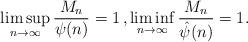
LaTeX: \begin{align*}\limsup_{n\to \infty} \frac{M_n}{\psi(n)}=1\,, \liminf_{n\to \infty} \frac{M_n}{\hat{\psi}(n)}=1.\end{align*}